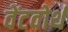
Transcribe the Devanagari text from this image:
वेंटवोर्थ